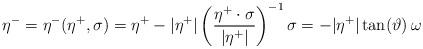
LaTeX: \begin{align*}\eta^-= \eta^-(\eta^+,\sigma) = \eta^+ - |\eta^+|\left(\frac{\eta^+\cdot\sigma}{|\eta^+|}\right)^{-1}\sigma = -|\eta^+| \tan (\vartheta) \, \omega\end{align*}